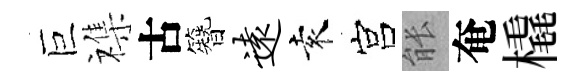
巨襍古簪远袁宫䏻奄橇